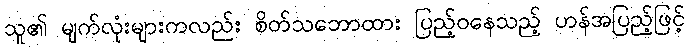
သူ၏ မျက်လုံးများကလည်း စိတ်သဘောထား ပြည့်ဝနေသည့် ဟန်အပြည့်ဖြင့်